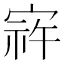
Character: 𫳠